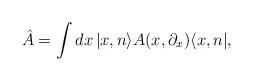
LaTeX: \begin{align*}\hat{A}=\int dx\,|x,n\rangle A(x,\partial _x)\langle x,n|,\end{align*}